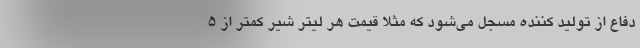
دفاع از تولید کننده مسجل می‌شود که مثلا قیمت هر لیتر شیر کمتر از 5